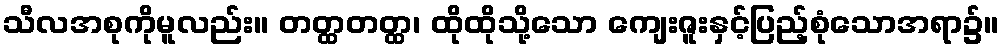
သီလအစုကိုမူလည်း။ တတ္ထတတ္ထ၊ ထိုထိုသို့သော ကျေးဇူးနှင့်ပြည့်စုံသောအရာ၌။